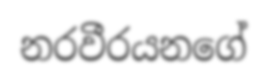
නරවීරයනගේ